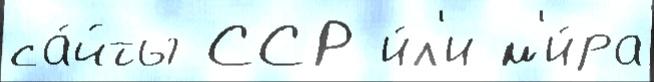
са́йты ССР и́л'и м'и́ра